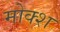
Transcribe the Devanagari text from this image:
मोक्श